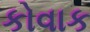
કોવાક